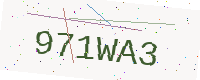
Text: 971WA3